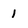
Character: 1